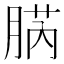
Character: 𦜬